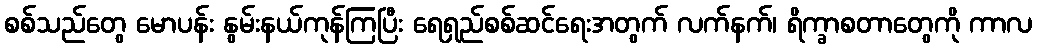
စစ်သည်တွေ မောပန်း နွမ်းနယ်ကုန်ကြပြီး ရေရှည်စစ်ဆင်ရေးအတွက် လက်နက်၊ ရိက္ခာစတာတွေကို ကာလ